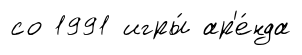
со 1991 игры́ ар'е́нда